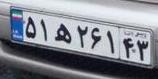
۵۱ه۲۶۱۴۳